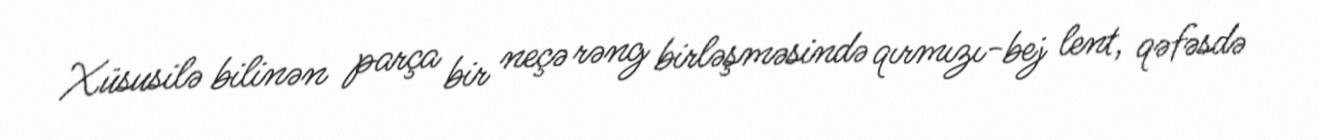
Xüsusilə bilinən parça bir neçə rəng birləşməsində qırmızı-bej lent, qəfəsdə